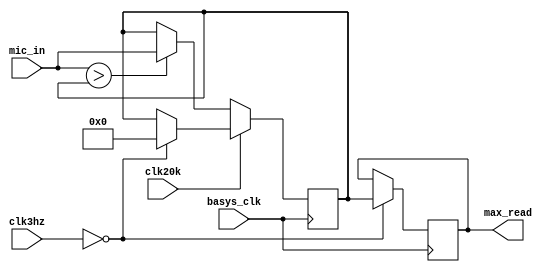
`timescale 1ns / 1ps
//////////////////////////////////////////////////////////////////////////////////
// Company: 
// Engineer: 
// 
// Design Name: 
// Module Name: Convert_mic_in
// Project Name: 
// Target Devices: 
// Tool Versions: 
// Description: 
// 
// Dependencies: 
// 
// Revision:
// Revision 0.01 - File Created
// Additional Comments:
// 
//////////////////////////////////////////////////////////////////////////////////


module Convert_mic_in(
    input basys_clk,
    input [24:0]clk3hz,
    input clk20k,
    input [11:0] mic_in,
    output reg [11:0] max_read
    );
    reg [11:0] temp_max = 0;
    always @ (posedge basys_clk)
    begin
        if (clk3hz == 0)
        begin
            max_read <= temp_max;
            temp_max <= 0;
        end
        if (clk20k == 0)
        begin
            temp_max <= (mic_in > temp_max) ? mic_in : temp_max;
        end
    end
endmodule